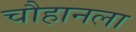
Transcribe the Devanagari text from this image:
चौहानला